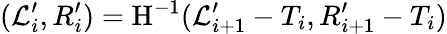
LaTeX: (\mathcal{L}_{i}^{\prime},R_{i}^{\prime})=\mathrm{{H}}^{-1}(\mathcal{L}_{i+1}^{\prime}-T_{i},R_{i+1}^{\prime}-T_{i})